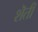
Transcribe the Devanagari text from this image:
शॆती